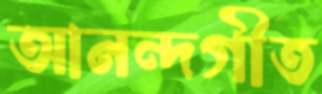
আনন্দগীত